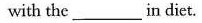
with the ___ in diet.